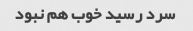
سرد رسید خوب هم نبود